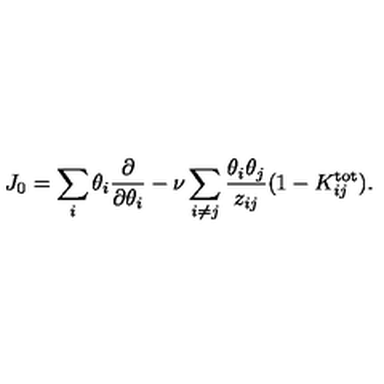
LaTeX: J _ { 0 } = \sum _ { i } \theta _ { i } { \frac { \partial } { \partial \theta _ { i } } } - \nu \sum _ { i \ne j } { \frac { \theta _ { i } \theta _ { j } } { z _ { i j } } } ( 1 - K _ { i j } ^ { \mathrm { t o t } } ) .